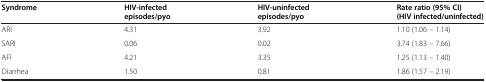
| Syndrome | HIV-infected episodes/pyo | HIV-uninfected episodes/pyo | Rate ratio (95% CI) (HIV infected/uninfected) |
 | --- | --- | --- | --- |
 | ARI | 4.31 | 3.92 | 1.10 (1.06 – 1.14) |
 | SARI | 0.06 | 0.02 | 3.74 (1.83 – 7.66) |
 | AFI | 4.21 | 3.35 | 1.25 (1.13 – 1.40) |
 | Diarrhea | 1.50 | 0.81 | 1.86 (1.57 – 2.19) |